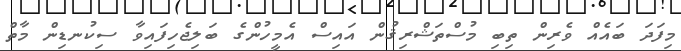
މިފަދަ ބައެއް ވެރިން ތިބި މުސްތަޝްރިޤުން އައިސް އެމީހުންގެ ބަލިޖެހިފައިވާ ސިކުނޑިން މާތް